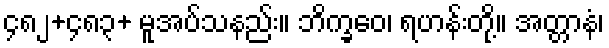
၄၈၂+၄၈၃+ မူအပ်သနည်း။ ဘိက္ခဝေ၊ ရဟန်းတို့။ အတ္တာနံ၊